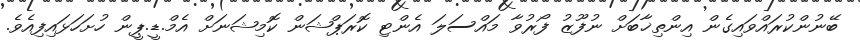
ބޭނުންކުރައްވައިގެން އިންތިޚާބަށް ނުފޫޒު ފޯރުވާ މައްސަލަ އެންޓި ކޮރަޕްޝަން ކޮމިޝަނަށް އެމް.ޑީ.ޕީން ހުށަހަޅައިފިއެވެ.